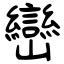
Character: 巒